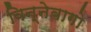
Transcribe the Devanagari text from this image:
विन्नेबागो